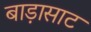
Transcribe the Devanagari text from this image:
बाड़ासाट